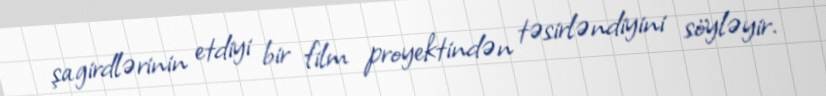
şagirdlərinin etdiyi bir film proyektindən təsirləndiyini söyləyir.